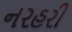
નરહરી